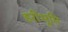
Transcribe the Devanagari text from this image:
हरीभूमि